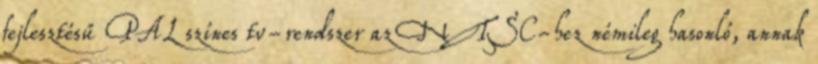
fejlesztésű PAL színes tv-rendszer az NTSC-hez némileg hasonló, annak